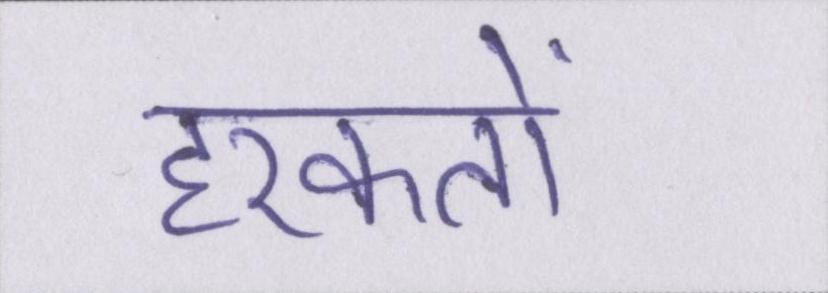
हरकतों